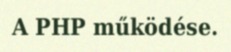
A PHP működése.